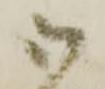
御